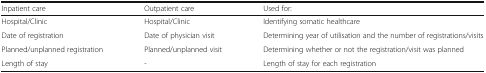
<table><thead><tr><td><b>Inpatient care</b></td><td><b>Outpatient care</b></td><td><b>Used for:</b></td></tr></thead><tbody><tr><td>Hospital/Clinic</td><td>Hospital/Clinic</td><td>Identifying somatic healthcare</td></tr><tr><td>Date of registration</td><td>Date of physician visit</td><td>Determining year of utilisation and the number of registrations/visits</td></tr><tr><td>Planned/unplanned registration</td><td>Planned/unplanned visit</td><td>Determining whether or not the registration/visit was planned</td></tr><tr><td>Length of stay</td><td>-</td><td>Length of stay for each registration</td></tr></tbody></table>